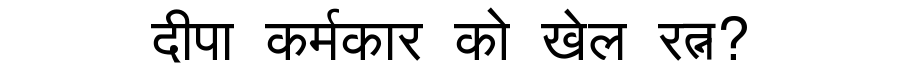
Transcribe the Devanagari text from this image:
दीपा कर्मकार को खेल रत्न?